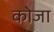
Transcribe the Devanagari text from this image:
कोजा